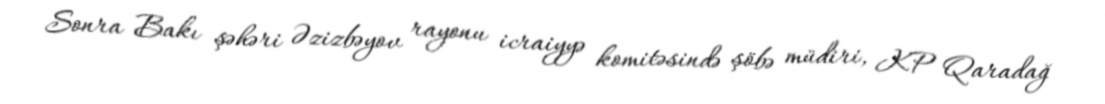
Sonra Bakı şəhəri Əzizbəyov rayonu icraiyyə komitəsində şöbə müdiri, KP Qaradağ